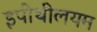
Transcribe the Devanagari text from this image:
इपीथीलयम